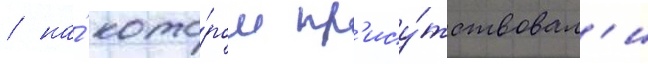
/ на́ кото́ром пр'ису́тствовал'и